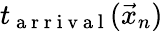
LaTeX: t_{\mathrm{~a~r~r~i~v~a~l~}}(\vec{x}_{n})